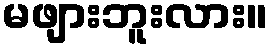
မဖျားဘူးလား။